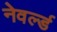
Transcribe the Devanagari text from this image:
नेवर्ल्ड